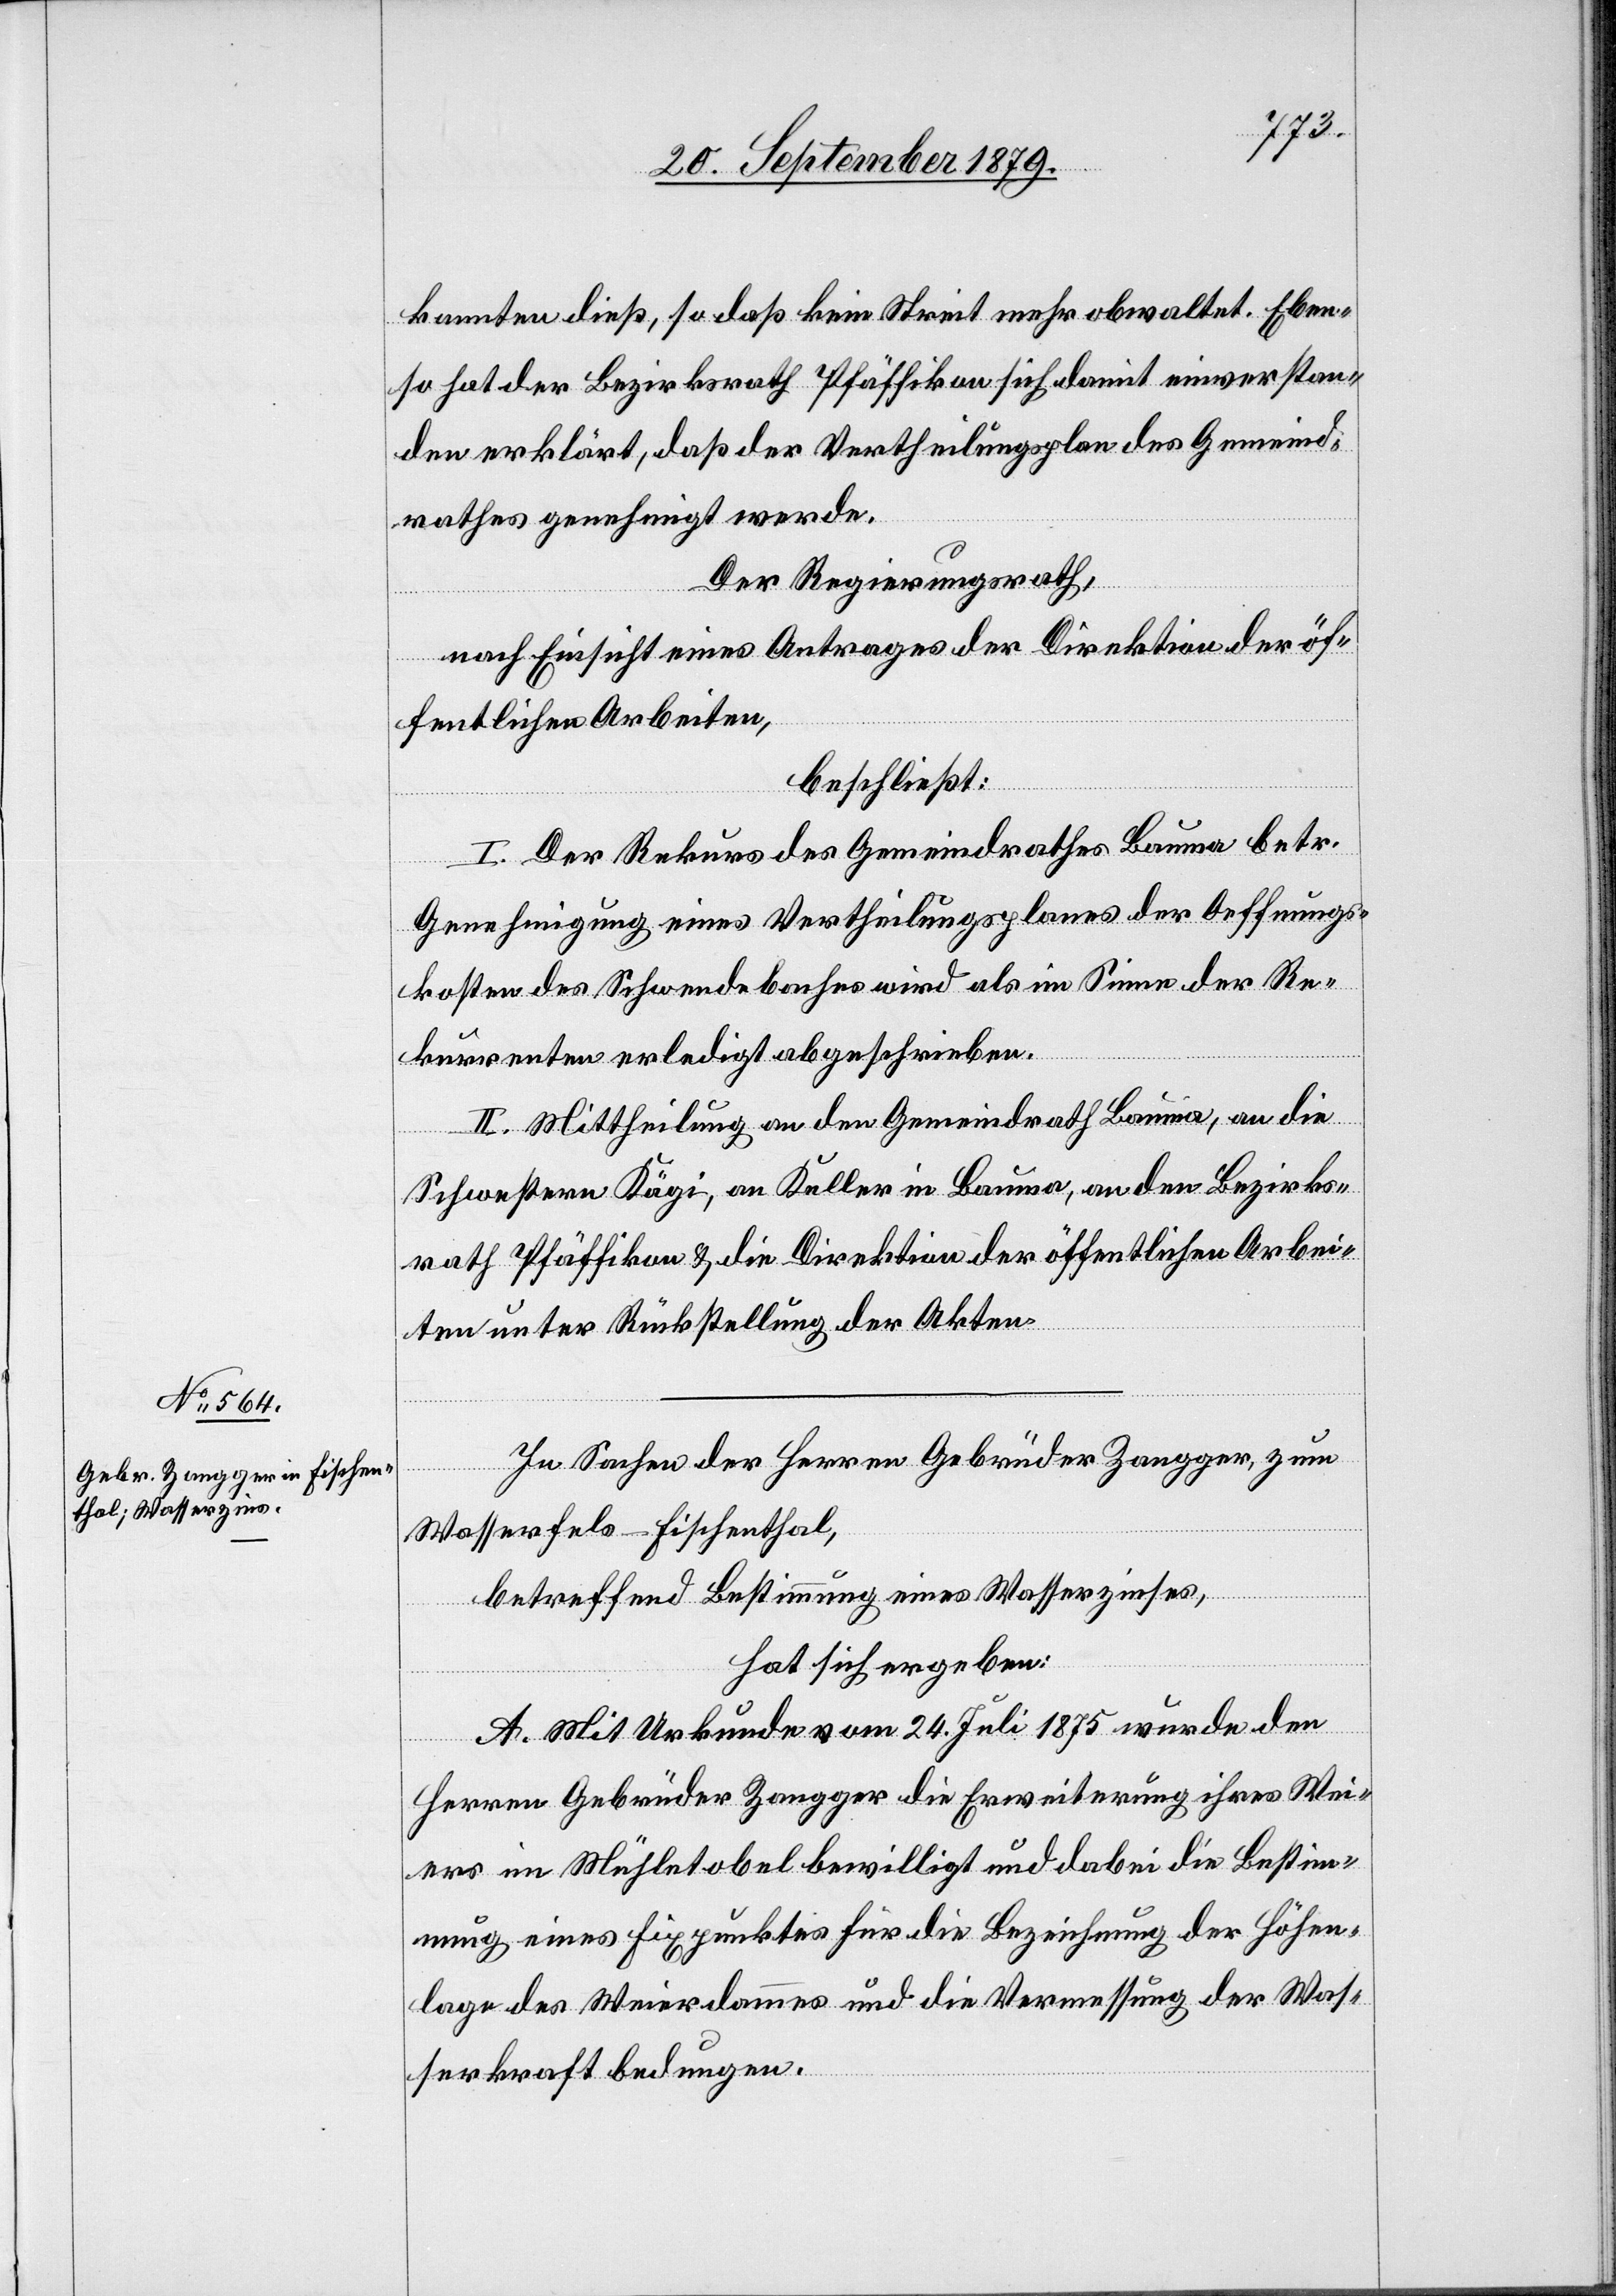
kannten dieß, so daß kein Streit mehr obwaltet. Eben¬
so hat der Bezirksrath Pfäffikon sich damit einverstan¬
den erklärt, daß der Vertheilungsplan des Gemeind¬
rathes genehmigt werde.
Der Regierungsrath,
nach Einsicht eines Antrages der Direktion der öf¬
fentlichen Arbeiten,
beschließt:
I. Der Rekurs des Gemeindrathes Bauma betr.
Genehmigung eines Vertheilungsplanes der Oeffnungs¬
kosten des Schwendebaches wird als im Sinne der Re¬
kurrenten erledigt abgeschrieben.
II. Mittheilung an den Gemeindrath Bauma, an die
Schwestern Kägi, an Keller in Bauma, an den Bezirks¬
rath Pfäffikon & die Direktion der öffentlichen Arbei¬
ten unter Rückstellung der Akten.
In Sachen der Herren Gebrüder Zangger, zum
Wasserfels - Fischenthal,
betreffend Bestimmung eines Wasserzinses,
hat sich ergeben:
A. Mit Urkunde am 24. Juli 1875 wurde den
Herren Gebrüder Zangger die Erweiterung ihres Wei¬
ers im Mühletobel bewilligt und dabei die Bestimm¬
ung eines Fixpunktes für die Bezeichnung der Höhen¬
lage des Weierdammes und die Vermessung der Was¬
serkraft bedungen.